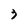
Character: 3